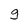
Character: g